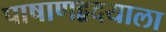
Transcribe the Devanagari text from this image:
पाषाणहृदयाला